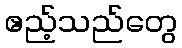
ဧည့်သည်တွေ